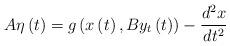
LaTeX: \begin{align*}A\eta \left( t\right) =g\left( x\left( t\right) ,By_{t}\left( t\right)\right) -\frac{d^{2}x}{dt^{2}} \end{align*}